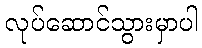
လုပ်ဆောင်သွားမှာပါ